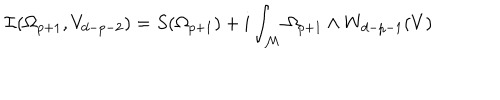
{ \cal { I } } ( \Omega _ { p + 1 } , V _ { d - p - 2 } ) = S ( \Omega _ { p + 1 } ) + i \int _ { \cal { M } } \Omega _ { p + 1 } \wedge { } W _ { d - p - 1 } ( V ) { }